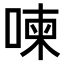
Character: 𠷬